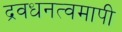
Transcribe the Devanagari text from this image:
द्रवधनत्वमापी